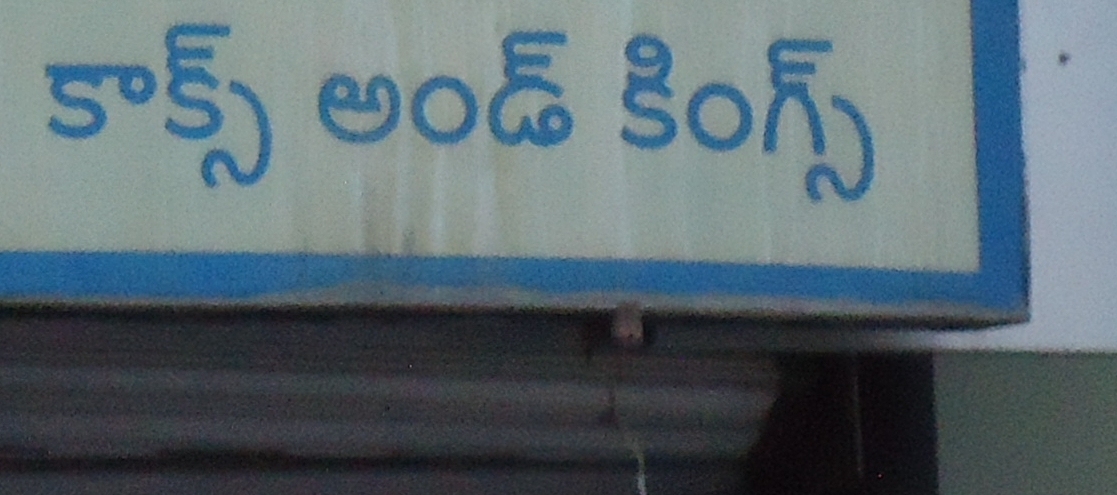
Language: telugu
Transcription: అండ్ కింగ్స్ కాక్స్